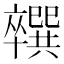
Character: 𪟼